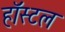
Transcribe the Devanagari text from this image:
हॉस्‍टल